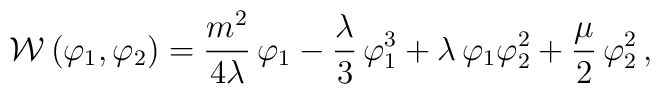
{\cal W}\,(\varphi_1, \varphi_2) = \frac{m^2}{4\lambda} \,\varphi_1-\frac{\lambda}{3} \,\varphi_1^3 +\lambda\,\varphi_1\varphi_2^2+\frac{\mu}{2}\,\varphi_2^2\,,